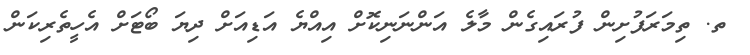
ތ. ތިމަރަފުށިން ފުރައިގެން މާލެ އަންނަނިކޮށް އިއްޔެ އަޑިއަށް ދިޔަ ބޯޓަށް އެހީތެރިކަން